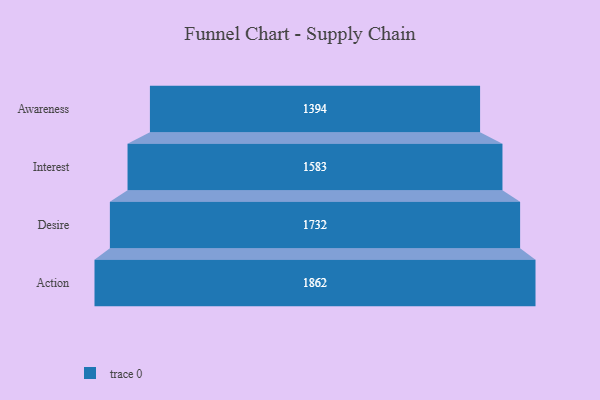
{"axis": {"x": "Stage", "y": "Value"}, "legend": [""], "data": [{"x": "Awareness", "y": 1394.0, "type": ""}, {"x": "Interest", "y": 1583.0, "type": ""}, {"x": "Desire", "y": 1732.0, "type": ""}, {"x": "Action", "y": 1862.0, "type": ""}]}